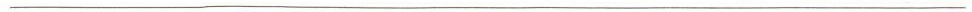
___